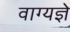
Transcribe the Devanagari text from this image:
वाग्यज्ञे